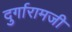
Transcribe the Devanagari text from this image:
दुर्गारामजी